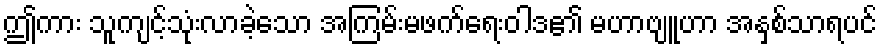
ဤကား သူကျင့်သုံးလာခဲ့သော အကြမ်းမဖက်ရေးဝါဒ၏ မဟာဗျူဟာ အနှစ်သာရပင်